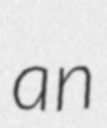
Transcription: an